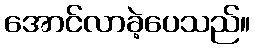
အောင်လာခဲ့ပေသည်။